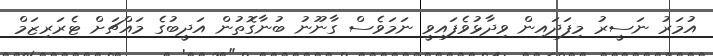
އުމަރު ނަސީރު މިފަދައިން ވިދާޅުވެފައިވީ ނަމަވެސް ގާނޫނު ބުނާގޮތުން އަދީބުގެ މައްޗަށް ޓެރަރިޒަމް